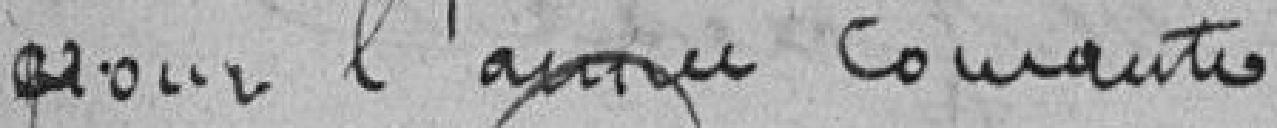
pour l'année courante